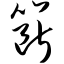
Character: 簖